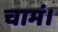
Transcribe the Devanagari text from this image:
चामं।